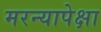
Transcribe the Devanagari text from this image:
मरन्यापेक्षा